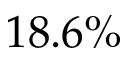
1 8 . 6 \%